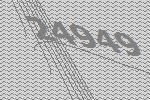
24949